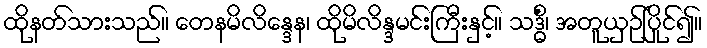
ထိုနတ်သားသည်။ တေနမိလိန္ဒေန၊ ထိုမိလိန္ဒမင်းကြီးနှင့်။ သဒ္ဓိံ၊ အတူယှဉ်ပြိုင်၍။